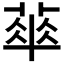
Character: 𬝨